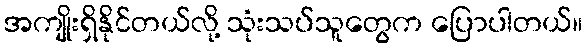
အကျိုးရှိနိုင်တယ်လို့ သုံးသပ်သူတွေက ပြောပါတယ်။